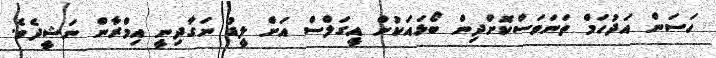
ހަސަން އަދުހަމް ތަނަވަސްކޮށްދިން ބޯޅައަކުން އީގަލްސް އަށް ލީޑު ނަގާދިނީ އިމްރާން ނަޝީދެވެ.